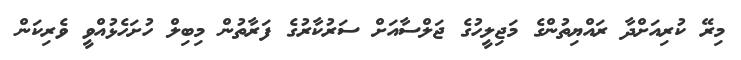
މިރޭ ކުރިއަށްދާ ރައްޔިތުންގެ މަޖިލީހުގެ ޖަލްސާއަށް ސަރުކާރުގެ ފަރާތުން މިބިލް ހުށަހެޅުއްވީ ވެރިކަން